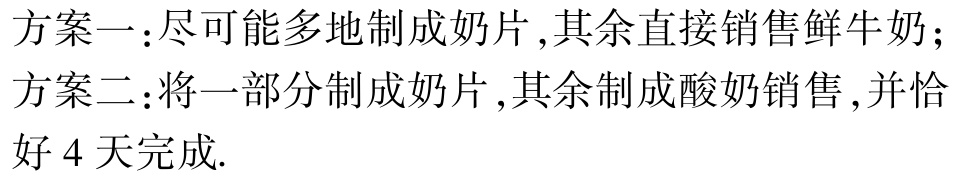
方案一：尽可能多地制成奶片,其余直接销售鲜牛奶；

方案二：将一部分制成奶片,其余制成酸奶销售,并恰好 4 天完成.